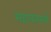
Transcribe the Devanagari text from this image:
महावतखाँ